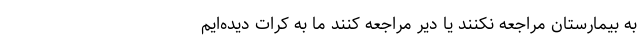
به بیمارستان مراجعه نکنند یا دیر مراجعه کنند ما به کرات دیده‌ایم